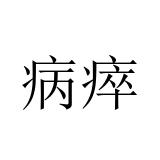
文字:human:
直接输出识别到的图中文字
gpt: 病瘁